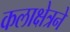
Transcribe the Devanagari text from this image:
कलाक्षेत्रने